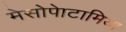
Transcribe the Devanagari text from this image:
मेसोपेाटामिया